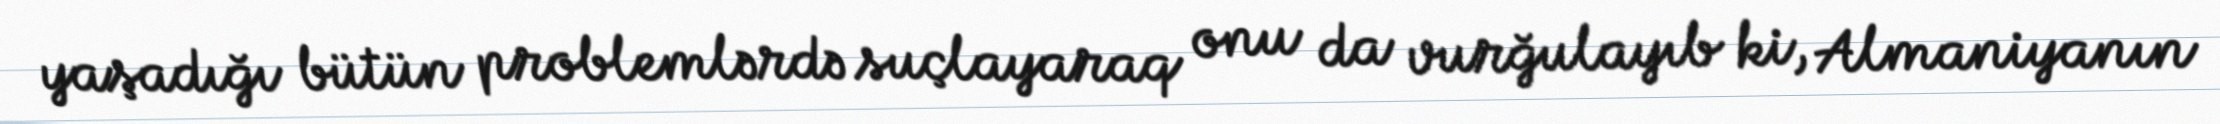
yaşadığı bütün problemlərdə suçlayaraq onu da vurğulayıb ki, Almaniyanın